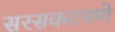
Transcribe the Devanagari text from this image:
सरसकटपणे